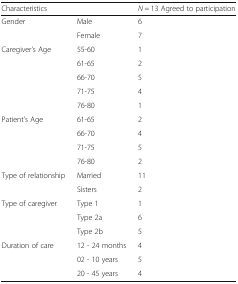
<table><thead><tr><td><b>Characteristics</b></td><td></td><td><b><i>N</i> = 13 Agreed to participation</b></td></tr></thead><tbody><tr><td rowspan="2">Gender</td><td>Male</td><td>6</td></tr><tr><td>Female</td><td>7</td></tr><tr><td rowspan="5">Caregiver’s Age</td><td>55-60</td><td>1</td></tr><tr><td>61-65</td><td>2</td></tr><tr><td>66-70</td><td>5</td></tr><tr><td>71-75</td><td>4</td></tr><tr><td>76-80</td><td>1</td></tr><tr><td rowspan="4">Patient’s Age</td><td>61-65</td><td>2</td></tr><tr><td>66-70</td><td>4</td></tr><tr><td>71-75</td><td>5</td></tr><tr><td>76-80</td><td>2</td></tr><tr><td rowspan="2">Type of relationship</td><td>Married</td><td>11</td></tr><tr><td>Sisters</td><td>2</td></tr><tr><td rowspan="3">Type of caregiver</td><td>Type 1</td><td>1</td></tr><tr><td>Type 2a</td><td>6</td></tr><tr><td>Type 2b</td><td>5</td></tr><tr><td rowspan="3">Duration of care</td><td>12 - 24 months</td><td>4</td></tr><tr><td>02 - 10 years</td><td>5</td></tr><tr><td>20 - 45 years</td><td>4</td></tr></tbody></table>